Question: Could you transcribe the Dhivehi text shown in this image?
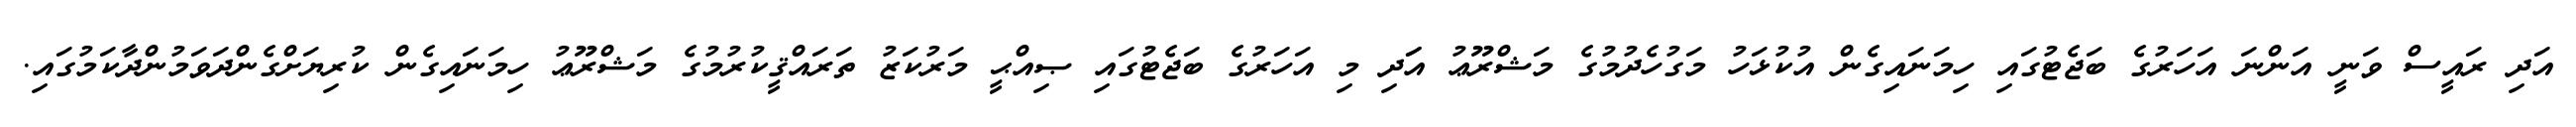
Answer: އަދި ރައީސް ވަނީ އަންނަ އަހަރުގެ ބަޖެޓުގައި ހިމަނައިގެން އުކުޅަހު މަގުހެދުމުގެ މަޝްރޫޢު އަަދި މި އަހަރުގެ ބަޖެޓުގައި ޞިއްޙީ މަރުކަޒު ތަރައްޤީކުރުމުގެ މަޝްރޫޢު ހިމަނައިގެން ކުރިޔަށްގެންދަވަމުންދާކަމުގައި.